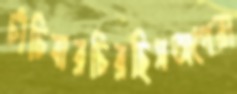
চাঁচিবারচিরছিসঅপেরা